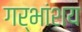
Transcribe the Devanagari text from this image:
गर्भांशय